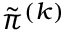
\tilde { \pi } ^ { ( k ) }